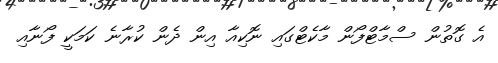
އެ ގޮތުން ސްމާޓްފޯން މާކެޓްގައި ނޮކިއާ އިން ދެން ކުރާނެ ކަމަކީ ފޯނާއި